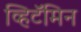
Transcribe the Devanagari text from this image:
व्हिटॅमिन